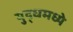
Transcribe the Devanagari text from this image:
युद्धमध्ये